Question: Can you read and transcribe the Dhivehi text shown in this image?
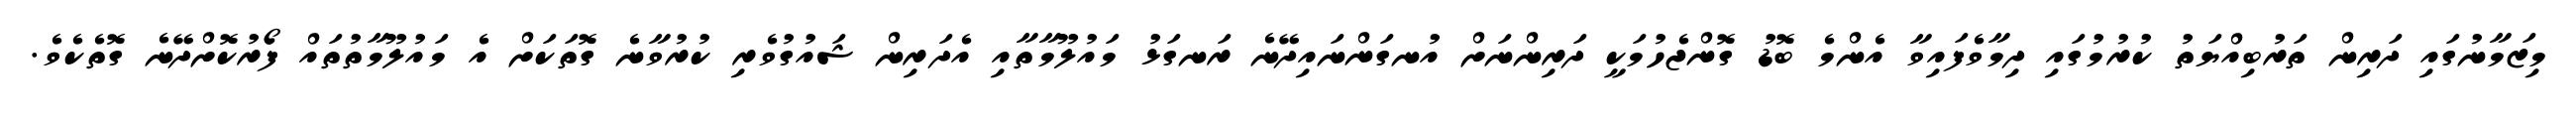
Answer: މިޒަމާނުގައި ދަރިން ތަރުބިއްޔަތު ކުރުމުގައި ދިމާވެފައިވާ އެންމެ ބޮޑު ގޮންޖެހުމަކީ ދަރިންނަށް އުނގަންނައިދޭނެ ރަނގަޅު މައުލޫމާތާއި އެދަރިން ޝައުގުވެރި ކުރުވާނެ ގޮތަކަށް އެ މައުލޫމާތުތައް ފޯރުކޮށްދޭނެ ގޮތެކެވެ.